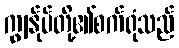
ကျွန်ုပ်တို့၏စက်ရုံသည်